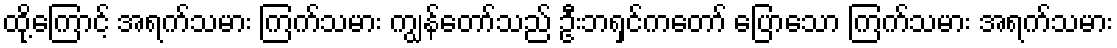
ထို့ကြောင့် အရက်သမား ကြက်သမား ကျွန်တော်သည် ဦးဘရှင်ကတော် ပြောသော ကြက်သမား အရက်သမား